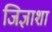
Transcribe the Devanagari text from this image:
जिज्ञाशा